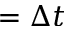
= \Delta t